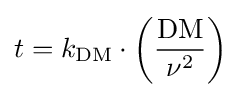
t=k_{\text{DM}}\cdot \left({\frac {\text{DM}}{\nu ^{2}}}\right)